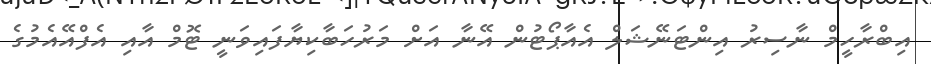
އިބްރާހީމް ނާސިރު އިންޓަނޭޝަަލް އެއާޕޯޓުން އޭނާ އަށް މަރުހަބާކިޔާފައިވަނީ ޓޮމް އާއި އެފްއޭއެމުގެ